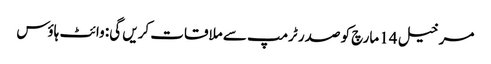
مرخیل 14 مارچ کو صدر ٹرمپ سے ملاقات کریں گی: وائٹ ہاؤس